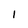
Character: I